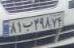
۸۱ب۳۹۸۷۴